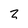
Character: 2